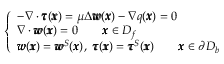
\left\{ \begin{array} { l l } { - \nabla \cdot { \pmb \tau } ( { \pmb x } ) = \mu \Delta { \pmb w } ( { \pmb x } ) - \nabla q ( { \pmb x } ) = 0 } \\ { \nabla \cdot { \pmb w } ( { \pmb x } ) = 0 \qquad { \pmb x } \in D _ { f } } \\ { { \pmb w } ( { \pmb x } ) = { \pmb w } ^ { S } ( { \pmb x } ) , \ { \pmb \tau } ( { \pmb x } ) = { \pmb \tau } ^ { S } ( { \pmb x } ) \qquad { \pmb x } \in \partial D _ { b } } \end{array} \right.